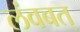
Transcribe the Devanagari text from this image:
लंवबत्‌